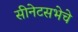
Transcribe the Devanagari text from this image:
सीनेटसभेचे